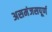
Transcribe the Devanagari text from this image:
असमंजसपूर्ण